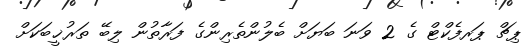
ޕިޗް ޕަރފެކްޓް ގެ 2 ވަނަ ބަޔަށް ބެލުންތެރިންގެ ފަރާތުން ލިބޭ ތަރުޚީބަކަށް